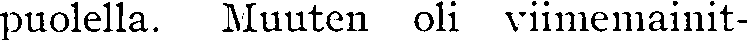
puolella. Muuten oli viimemainit-